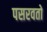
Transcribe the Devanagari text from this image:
पसरवतो